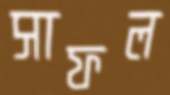
সাফল